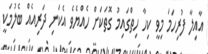
އާއިލާ ފުރިހަމަ މިވީ ކިހާ ހިތްގައިމު ގޮތަކަށް ހެއްޔެވެ އެކަނި ދަރިއެއް ބެލުމަކީ